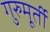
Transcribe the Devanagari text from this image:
गुरुमूर्ती